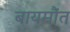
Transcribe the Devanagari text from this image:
बायमौंत